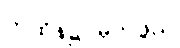
ကထိန်၌ မှတ်ဖွယ်